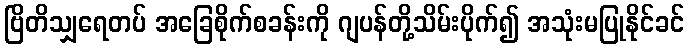
ဗြိတိသျှရေတပ် အခြေစိုက်စခန်းကို ဂျပန်တို့သိမ်းပိုက်၍ အသုံးမပြုနိုင်ခင်